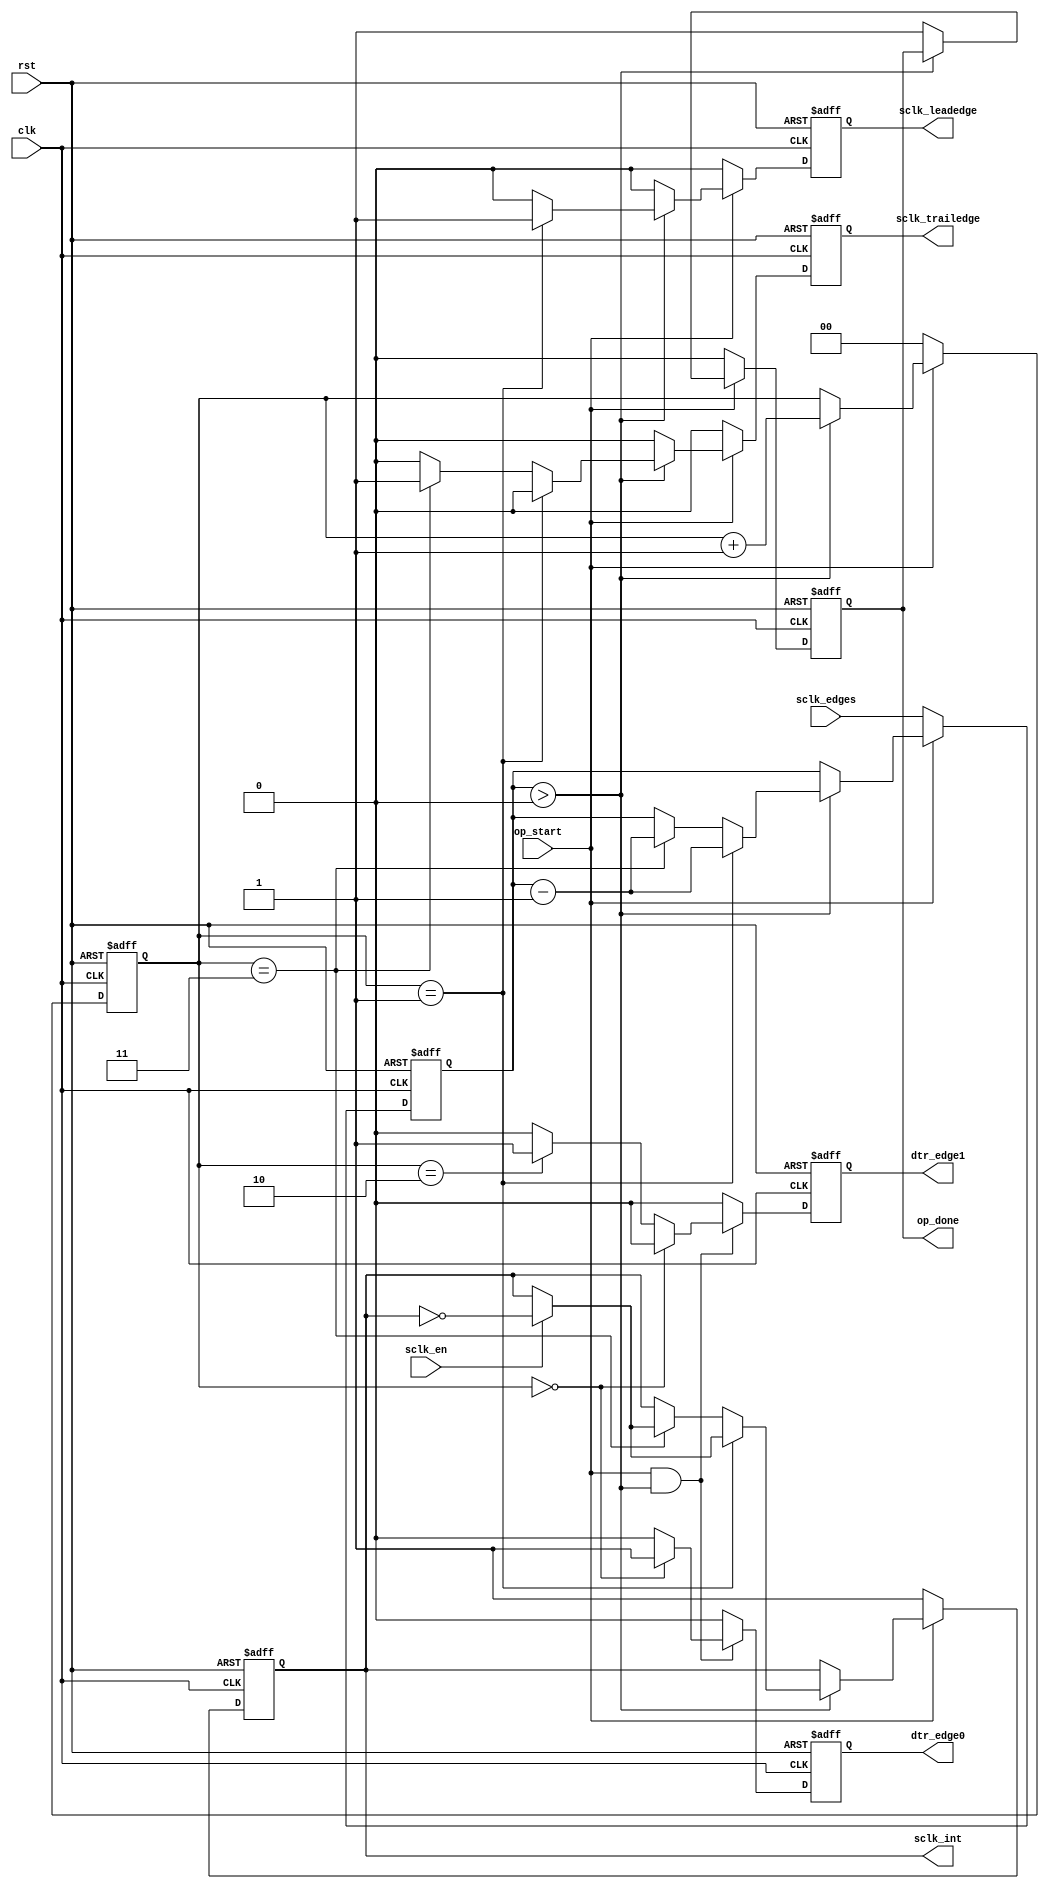
`timescale 1ns / 1ps

module sclk_gen #(
    parameter CLKS_PER_HALF_SCLK = 2,
    parameter CPOL = 1,
    parameter CPHA = 1
) (
    input clk,
    input rst,

    input [8:0] sclk_edges,
    input sclk_en,
    input op_start,
    output reg dtr_edge0,
    output reg dtr_edge1,
    output reg op_done,
    output reg sclk_leadedge,
    output reg sclk_trailedge,
    output reg sclk_int

);

  reg [$clog2(CLKS_PER_HALF_SCLK*2)-1:0] clk_counter;
  reg [8:0] sclk_edges_counter = 0;

  wire w_CPOL;
  wire w_CPHA;

  assign w_CPOL = (CPOL == 1);
  assign w_CPHA = (CPHA == 1);

  always @(posedge clk, posedge rst) begin
    if (rst) begin
      sclk_leadedge <= 1'b0;
      sclk_trailedge <= 1'b0;
      sclk_int <= w_CPOL;
      clk_counter <= 0;
      sclk_edges_counter <= 9'h0;
      op_done <= 1'b0;
    end else begin
      if (op_start) begin
        if (sclk_edges_counter > 0) begin
          if (clk_counter == CLKS_PER_HALF_SCLK - 1) begin
            sclk_leadedge <= 1'b1;
            sclk_trailedge <= 1'b0;
            sclk_edges_counter <= sclk_edges_counter - 1'b1;
            if (sclk_en) sclk_int <= ~sclk_int;
            clk_counter <= clk_counter + 1'b1;
          end else if (clk_counter == CLKS_PER_HALF_SCLK * 2 - 1) begin
            sclk_leadedge <= 1'b0;
            sclk_trailedge <= 1'b1;
            sclk_edges_counter <= sclk_edges_counter - 1'b1;
            if (sclk_en) sclk_int <= ~sclk_int;
            clk_counter <= clk_counter + 1'b1;
          end else begin
            sclk_leadedge <= 1'b0;
            sclk_trailedge <= 1'b0;
            clk_counter <= clk_counter + 1'b1;
          end
        end else begin
          op_done <= 1'b1;
          sclk_trailedge <= 1'b0;
          sclk_leadedge <= 1'b0;
        end
      end else begin
        sclk_int <= w_CPOL;  //Initial sclk polarity
        sclk_leadedge <= 1'b0;
        sclk_trailedge <= 1'b0;
        clk_counter <= 0;
        op_done <= 1'b0;
        sclk_edges_counter <= sclk_edges;
      end
    end
  end

  // Generate clk edges for DTR mode
  always @(posedge clk, posedge rst) begin
    if (rst) begin
      dtr_edge0 <= 0;
      dtr_edge1 <= 0;
    end else begin
      dtr_edge0 <= 0;
      dtr_edge1 <= 0;
      if (op_start && sclk_edges_counter > 0) begin
        if (clk_counter == 0) begin
          dtr_edge0 <= 1'b1;
          dtr_edge1 <= 1'b0;
        end else if (clk_counter == CLKS_PER_HALF_SCLK) begin
          dtr_edge0 <= 1'b0;
          dtr_edge1 <= 1'b1;
        end
      end
    end
  end


endmodule